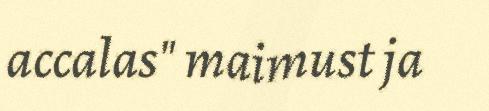
accalas" maimust ja